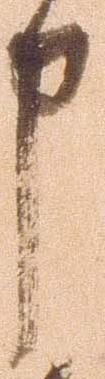
申